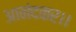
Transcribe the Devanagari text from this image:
आनंदकर।।